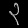
Digit: ၃